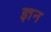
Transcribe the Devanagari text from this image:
ज्ञन